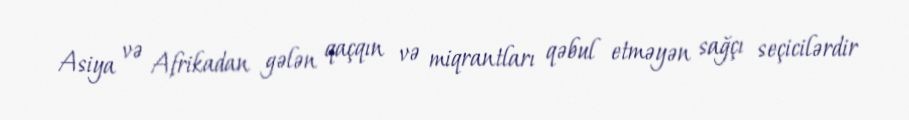
Asiya və Afrikadan gələn qaçqın və miqrantları qəbul etməyən sağçı seçicilərdir